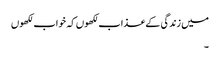
میں زندگی کے عذاب لکھوں کہ خواب لکھوں
۔